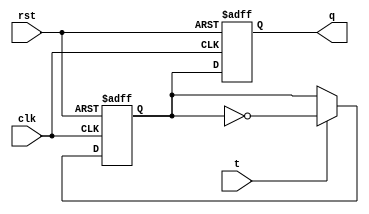
module t_ff (
    input wire clk,  // Clock input
    input wire rst,  // Reset input
    input wire t,    // T input
    output reg q     // Output
);

reg d1, d2;

// Master flip-flop
always @(posedge clk or posedge rst) begin
    if (rst) begin
        d1 <= 1'b0;
    end else begin
        if (t) begin
            d1 <= ~d1;
        end
    end
end

// Slave flip-flop
always @(negedge clk or posedge rst) begin
    if (rst) begin
        d2 <= 1'b0;
    end else begin
        d2 <= d1;
    end
end

assign q = d2;

endmodule